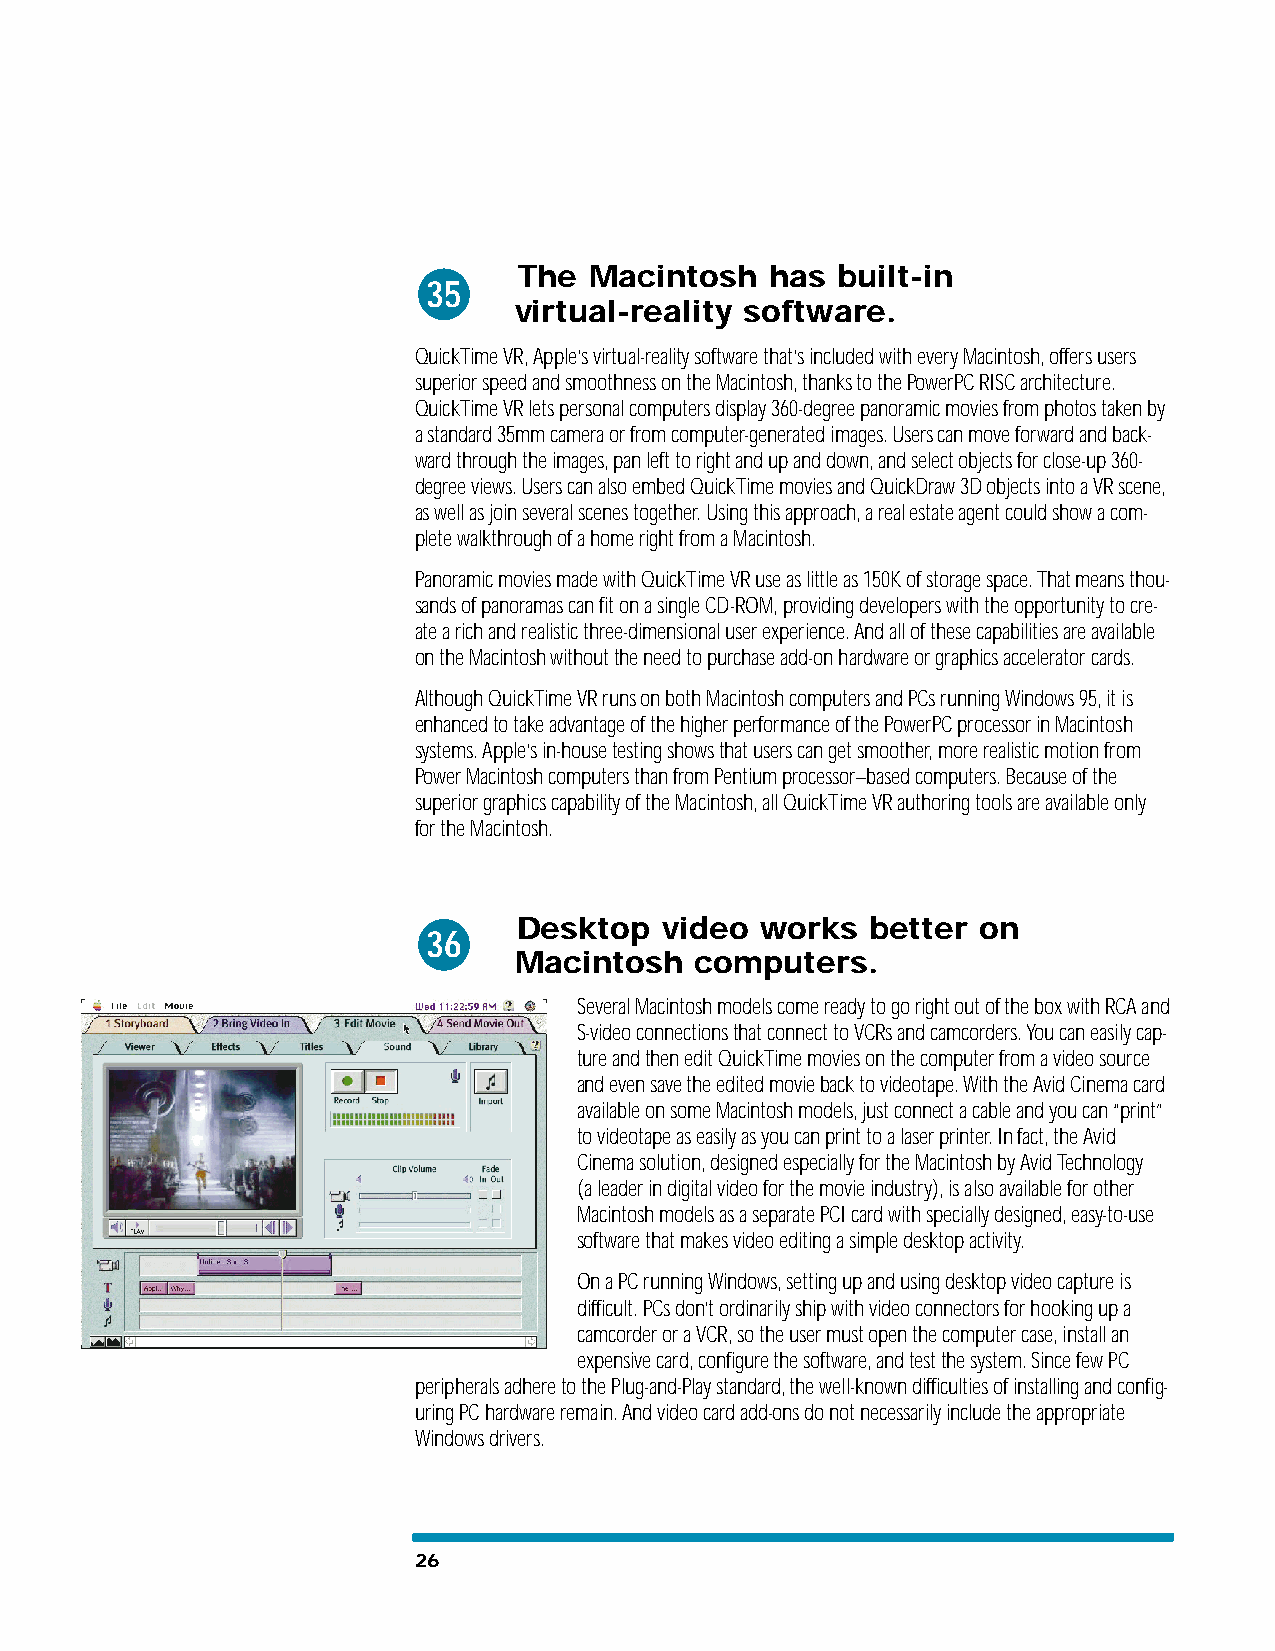
The  Macintosh   has built-in
 35
 virtual-reality software.
 QuickTime VR, Apple’s virtual-reality software that’s included with every Macintosh, offers users
 superior speed and smoothness on the Macintosh, thanks to the PowerPC RISC architecture.
 QuickTime VR lets personal computers display 360-degree panoramic movies from photos taken by
 a standard 35mm camera or from computer-generated images. Users can move forward and back-
 ward through the images, pan left to right and up and down, and select objects for close-up 360-
 degree views. Users can also embed QuickTime movies and QuickDraw 3D objects into a VR scene,
 as well as join several scenes together. Using this approach, a real estate agent could show a com-
 plete walkthrough of a home right from a Macintosh.
 Panoramic movies made with QuickTime VR use as little as 150K of storage space. That means thou-
 sands of panoramas can fit on a single CD-ROM, providing developers with the opportunity to cre-
 ate a rich and realistic three-dimensional user experience. And all of these capabilities are available
 on the Macintosh without the need to purchase add-on hardware or graphics accelerator cards.
 Although QuickTime VR runs on both Macintosh computers and PCs running Windows 95, it is
 enhanced to take advantage of the higher performance of the PowerPC processor in Macintosh
 systems. Apple’s in-house testing shows that users can get smoother, more realistic motion from
 Power Macintosh computers than from Pentium processor–based computers. Because of the
 superior graphics capability of the Macintosh, all QuickTime VR authoring tools are available only
 for the Macintosh.
 Desktop   video works   better on
 36
 Macintosh   computers.
 Several Macintosh models come ready to go right out of the box with RCA and
 S-video connections that connect to VCRs and camcorders. You can easily cap-
 ture and then edit QuickTime movies on the computer from a video source
 and even save the edited movie back to videotape. With the Avid Cinema card
 available on some Macintosh models, just connect a cable and you can “print”
 to videotape as easily as you can print to a laser printer. In fact, the Avid
 Cinema solution, designed especially for the Macintosh by Avid Technology
 (a leader in digital video for the movie industry), is also available for other
 Macintosh models as a separate PCI card with specially designed, easy-to-use
 software that makes video editing a simple desktop activity.
 On a PC running Windows, setting up and using desktop video capture is
 difficult. PCs don’t ordinarily ship with video connectors for hooking up a
 camcorder or a VCR, so the user must open the computer case, install an
 expensive card, configure the software, and test the system. Since few PC
 peripherals adhere to the Plug-and-Play standard, the well-known difficulties of installing and config-
 uring PC hardware remain. And video card add-ons do not necessarily include the appropriate
 Windows drivers.
 26